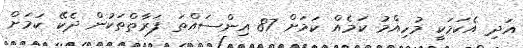
އަދި އެކަމަކީ މުހިއްމު ކަމެއް ކަމަށް 87 އިންސައްތަ ފަރާތްތަކުން ދެކޭ ކަމަށް